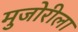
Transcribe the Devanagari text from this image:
मुजोरीला